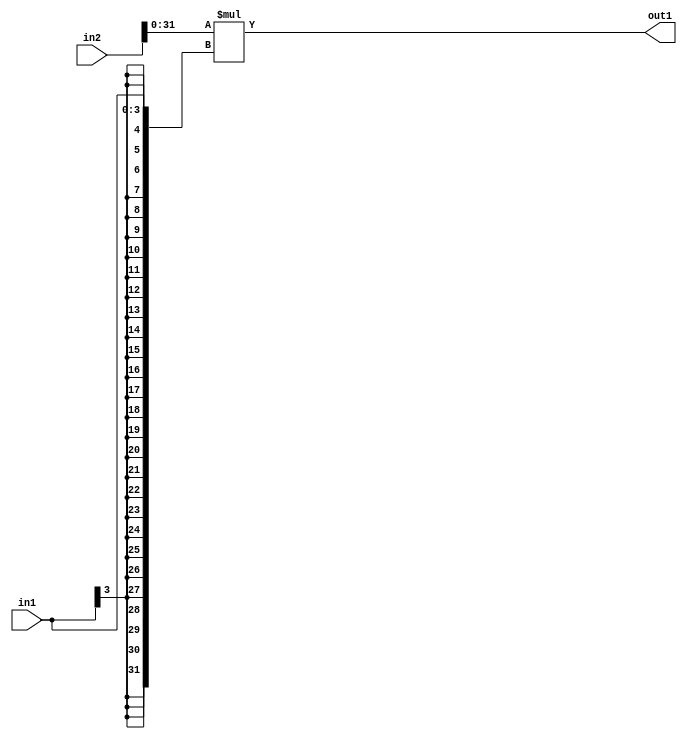
`timescale 1ps / 1ps
/*****************************************************************************
    Verilog RTL Description
    
    
    Created by: Stratus DpOpt 21.05.01 
*******************************************************************************/

module SobelFilter_Mul_33Sx4S_32S_4 (
	in2,
	in1,
	out1
	); /* architecture "behavioural" */ 
input [32:0] in2;
input [3:0] in1;
output [31:0] out1;
wire [31:0] asc001;

assign asc001 = 
	+(in2[31:0] * {{28{in1[3]}}, in1});

assign out1 = asc001;
endmodule

/* CADENCE  ubL4TQ0= : u9/ySxbfrwZIxEzHVQQV8Q== ** DO NOT EDIT THIS LINE ******/